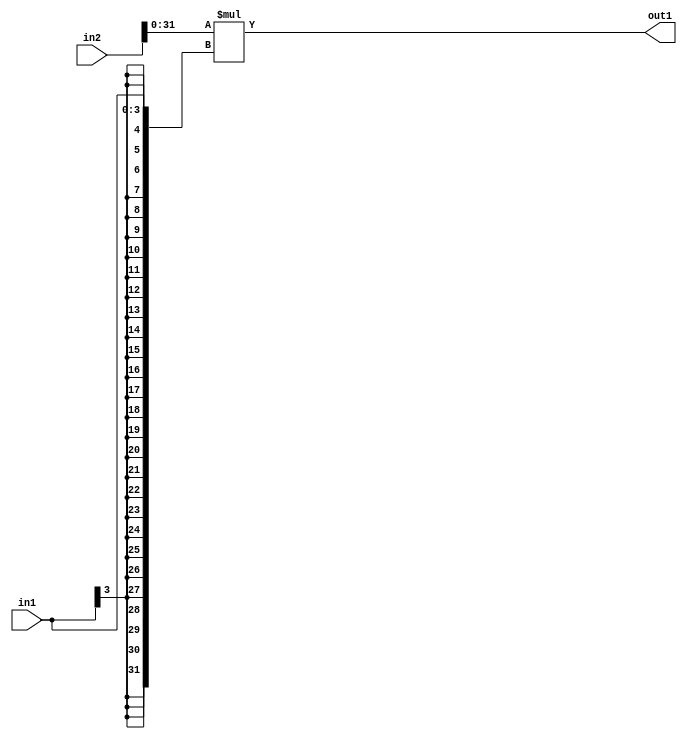
`timescale 1ps / 1ps
/*****************************************************************************
    Verilog RTL Description
    
    
    Created by: Stratus DpOpt 21.05.01 
*******************************************************************************/

module SobelFilter_Mul_33Sx4S_32S_4 (
	in2,
	in1,
	out1
	); /* architecture "behavioural" */ 
input [32:0] in2;
input [3:0] in1;
output [31:0] out1;
wire [31:0] asc001;

assign asc001 = 
	+(in2[31:0] * {{28{in1[3]}}, in1});

assign out1 = asc001;
endmodule

/* CADENCE  ubL4TQ0= : u9/ySxbfrwZIxEzHVQQV8Q== ** DO NOT EDIT THIS LINE ******/